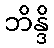
ဘိန္ဒိ